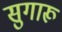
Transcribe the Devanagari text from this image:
सुगारू